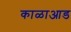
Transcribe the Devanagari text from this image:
काळाआड